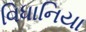
વિધાનિયા